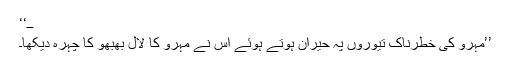
ــ‘‘
’’مہرو کی خطرناک تیوروں پہ حیران ہوتے ہوئے اس نے مہرو کا لال بھبھو کا چہرہ دیکھا۔